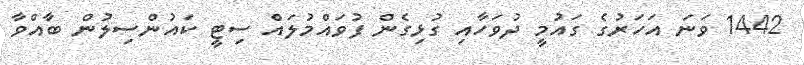
1442 ވަަނަ އަހަރުގެ ގައުމީ ދުވަހާއި ގުޅިގެން ފުވައްމުލައް ސިޓީ ކައުންސިލުން ބާއްވާ